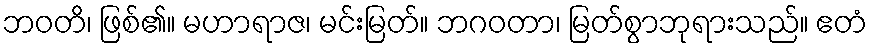
ဘဝတိ၊ ဖြစ်၏။ မဟာရာဇ၊ မင်းမြတ်။ ဘဂဝတာ၊ မြတ်စွာဘုရားသည်။ ဧတံ